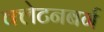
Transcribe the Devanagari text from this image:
क्लेटनबर्ग